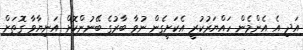
އަދި އެ އެންމެން ހައްޔަރުކުރީ އެކަށީގެން ނުވާ ބާރުގެ ބޭނުންކޮށް އަނިޔާވާ ގޮތަށް